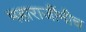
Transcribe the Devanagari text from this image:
महाराजींनीच